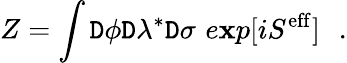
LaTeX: Z=\int\mathtt{D}\phi\mathtt{D}\lambda^{*}\mathtt{D}\sigma\, \, e\mathbf{x}p[iS^{\mathrm{{eff}}}]\, \, \, \, .